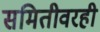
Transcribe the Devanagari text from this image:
समितीवरही